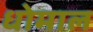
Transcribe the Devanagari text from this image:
धोमाल